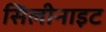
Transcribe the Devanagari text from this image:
सिलीनाइट